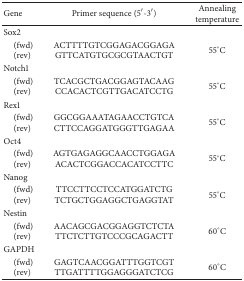
<table><thead><tr><td><b>Gene</b></td><td><b>Primer sequence (5′-3′)</b></td><td><b>Annealing temperature</b></td></tr></thead><tbody><tr><td>Sox2</td><td> </td><td> </td></tr><tr><td> (fwd) (rev)</td><td>ACTTTTGTCGGAGACGGAGA GTTCATGTGCGCGTAACTGT</td><td>55°C</td></tr><tr><td>Notch1 </td><td> </td><td> </td></tr><tr><td> (fwd) (rev)</td><td>TCACGCTGACGGAGTACAAG CCACACTCGTTGACATCCTG</td><td>55°C</td></tr><tr><td>Rex1 </td><td> </td><td> </td></tr><tr><td> (fwd) (rev)</td><td>GGCGGAAATAGAACCTGTCA CTTCCAGGATGGGTTGAGAA</td><td>55°C</td></tr><tr><td>Oct4 </td><td> </td><td> </td></tr><tr><td> (fwd) (rev)</td><td>AGTGAGAGGCAACCTGGAGA ACACTCGGACCACATCCTTC</td><td>55°C</td></tr><tr><td>Nanog</td><td> </td><td> </td></tr><tr><td> (fwd) (rev)</td><td>TTCCTTCCTCCATGGATCTG TCTGCTGGAGGCTGAGGTAT</td><td>55°C</td></tr><tr><td>Nestin</td><td> </td><td> </td></tr><tr><td> (fwd) (rev)</td><td>AACAGCGACGGAGGTCTCTA TTCTCTTGTCCCGCAGACTT</td><td>60°C</td></tr><tr><td>GAPDH</td><td> </td><td> </td></tr><tr><td> (fwd) (rev)</td><td>GAGTCAACGGATTTGGTCGT TTGATTTTGGAGGGATCTCG</td><td>60°C</td></tr></tbody></table>